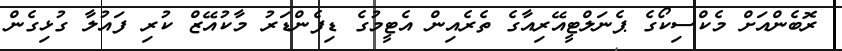
ރޮބެންއަށް މެކްސިކޯގެ ޕެނަލްޓީއޭރިއާގެ ތެރެއިން އެޓީމުގެ ޑިފެންޑަރު މާކުއޭޒް ކުރި ފައުލާ ގުޅިގެން